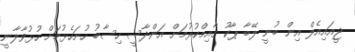
ޖީއައިއެލް އިން ބުނީ ލޭބާ ޕާކު ގާއިމްކުރުމަށް އަންދާސީ ހިސާބު ހުށަހެޅުމަށް ހުޅުވާލާނީ